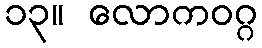
၁၃။ လောကဝဂ္ဂ